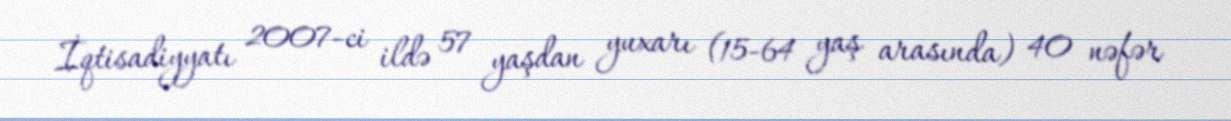
İqtisadiyyatı 2007-ci ildə 57 yaşdan yuxarı (15-64 yaş arasında) 40 nəfər